Leaving Certificate Examination, 1919
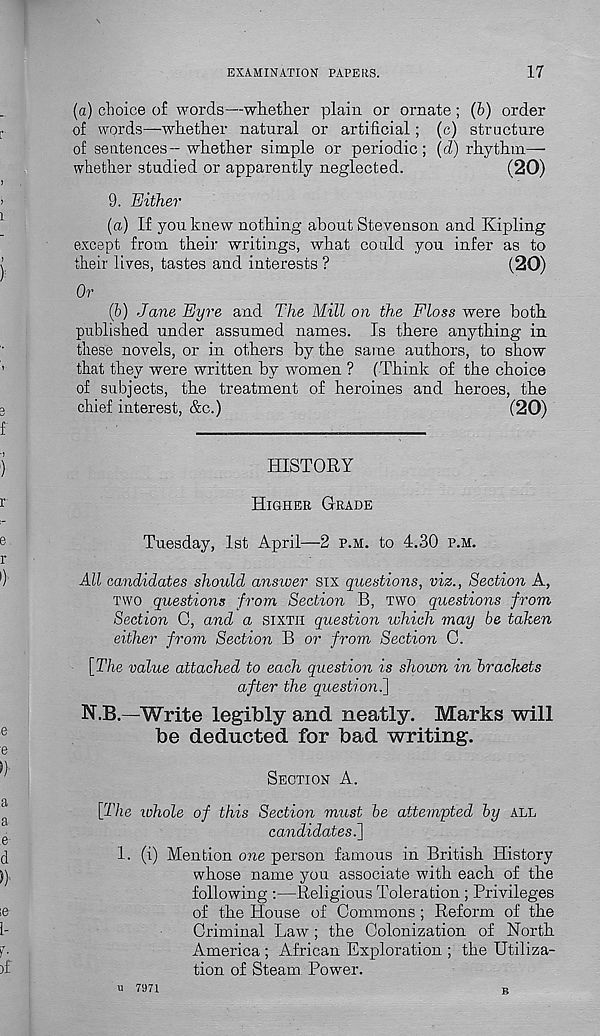
EXAMINATION PAPERS.
17
(a) choice of words—whether plain or ornate; (6) order
of words—whether natural or artificial; (c) structure
of sentences- whether simple or periodic; (d) rhythm—
whether studied or apparently neglected.
(20)
9. Either
(a) If you knew nothing about Stevenson and Kipling
except from their writings, what could you infer as to
their lives, tastes and interests ?
(20)
Or
(b) Jane Eyre and The Mill on the Floss were both
published under assumed names. Is there anything in
these novels, or in others by the same authors, to show
that they were written by women ? (Think of the choice
of subjects, the treatment of heroines and heroes, the
chief interest, &c.)
(20)
HISTORY
HIGHER GRADE
Tuesday, 1st April—2 P.M. to 4.30 P.M.
All candidates should answer six questions, viz., Section A,
TWO questions from Section B, TWO questions from
Section 0, and a SIXTH question which may be taken
either from Section B or from Section C.
[The value attached to each question is shown in brackets
after the question i]
N.B.—Write legibly and neatly. Marks will
be deducted for bad writing.
SECTION A.
[The whole of this Section must be attempted by ALL
candidates i]
1. (i) Mention one person famous in British History
whose name you associate with each of the
following :—Religious Toleration ; Privileges
of the House of Commons; Reform of the
Criminal Law; the Colonization of North
America ; African Exploration ; the Utiliza-
tion of Steam Power.